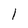
Character: l